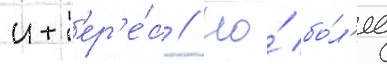
инт'ер'е́с // Но́ бо́л'ее